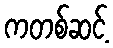
ကတစ်ဆင့်